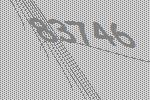
83746